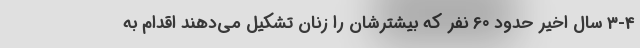
3-4 سال اخیر حدود 60 نفر که بیشترشان را زنان تشکیل می‌دهند اقدام به